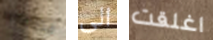
عجلات الى اغلقت